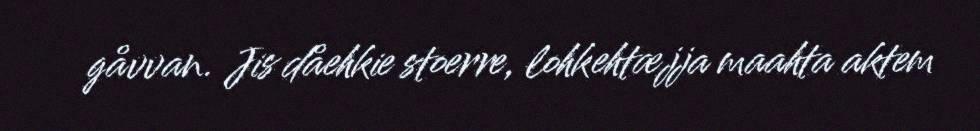
gåvvan. Jis dåehkie stoerre, lohkehtæjja maahta aktem